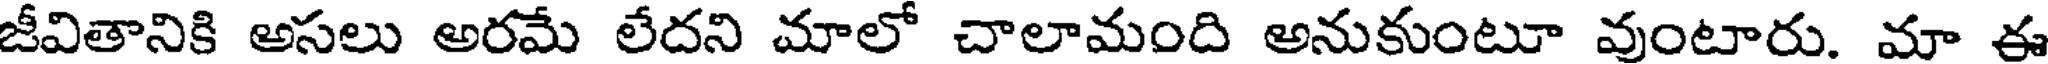
జీవితానికి అసలు అరమే లేదని మాలో చాలామంది అనుకుంటూ వుంటారు. మా ఈ